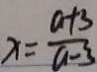
x = \frac { a + 3 } { a - 3 }